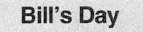
Bill's Day